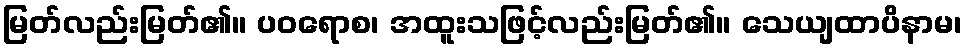
မြတ်လည်းမြတ်၏။ ပဝရောစ၊ အထူးသဖြင့်လည်းမြတ်၏။ သေယျထာပိနာမ၊